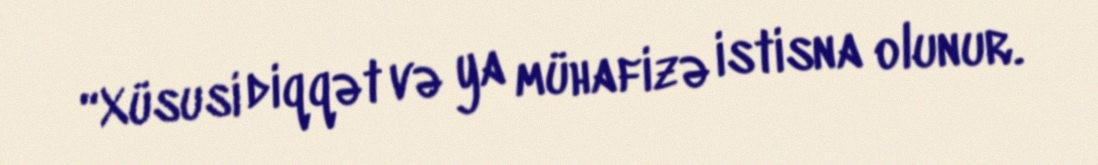
“Xüsusi diqqət və ya mühafizə istisna olunur.